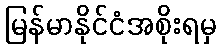
မြန်မာနိုင်ငံအစိုးရမှ